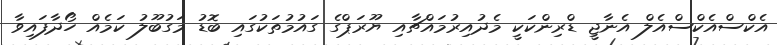
އެކްސްއެކްސްއެލް އެނާޖީ ޑްރިންކަކީ މެދުއިރުމައްޗާއި ޔޫރަޕްގެ ގައުމުތަކުގައި ބޮޑު މަގުބޫލު ކަމެއް ހޯދާފައިވާ